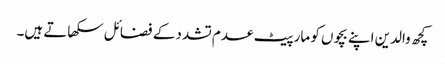
کچھ والدین اپنے بچوں کو مار پیٹ عدم تشدد کے فضائل سکھاتے ہیں۔